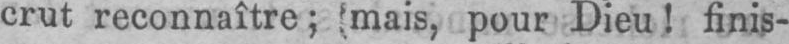
crut reconnaître; (mais, pour Dieu! finis-